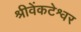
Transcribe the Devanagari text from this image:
श्रीवेंकटेश्वर